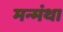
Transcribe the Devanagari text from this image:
मन्मंथा